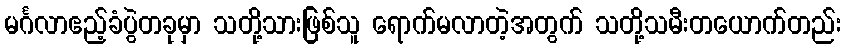
မင်္ဂလာဧည့်ခံပွဲတခုမှာ သတို့သားဖြစ်သူ ရောက်မလာတဲ့အတွက် သတို့သမီးတယောက်တည်း